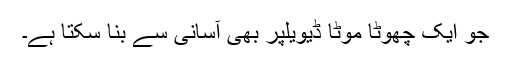
جو ایک چھوٹا موٹا ڈیویلپر بھی آسانی سے بنا سکتا ہے۔